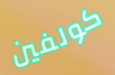
كولفين